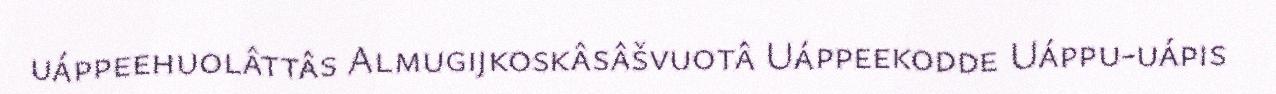
uáppeehuolâttâs Almugijkoskâsâšvuotâ Uáppeekodde Uáppu-uápis